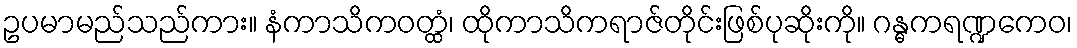
ဥပမာမည်သည်ကား။ နံကာသိကဝတ္ထံ၊ ထိုကာသိကရာဇ်တိုင်းဖြစ်ပုဆိုးကို။ ဂန္ဓကရဏ္ဍကေဝ၊